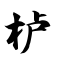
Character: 栌